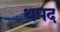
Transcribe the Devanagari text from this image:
थपद